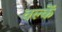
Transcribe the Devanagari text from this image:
वल्कें